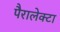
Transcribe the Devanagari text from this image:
पैरालेक्टा